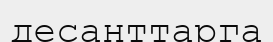
десанттарга